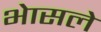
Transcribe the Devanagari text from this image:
भेासले